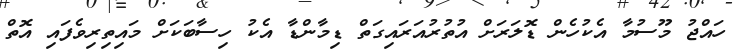
ހައްޖު މޫސުމާ އެކުހެން ޑޮލަރަށް އުތުރުއަރައިގަތް ޑިމާންޑާ އެކު ހިސާބަކަށް މައިތިރިވެފައި އޮތް